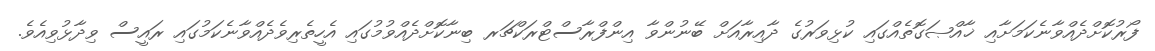
ފޯރުކޮށްދެއްވާނެކަމަށާއި ޚާއްޞަގޮތެއްގައި ކުޅިވަރުގެ ދާއިރާއަށް ބޭނުންވާ އިންފްރާސްޓްރަކްޗަރ ބިނާކޮށްދެއްވުމުގައި އެހީތެރިވެދެއްވާނެކަމުގައި ރައީސް ވިދާޅުވިއެވެ.